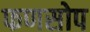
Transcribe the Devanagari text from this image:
फणसोप